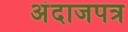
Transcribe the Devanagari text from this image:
अंदाजपत्र